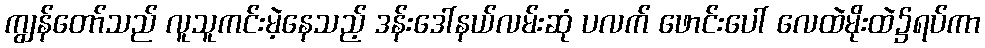
ကျွန်တော်သည် လူသူကင်းမဲ့နေသည့် ဒန်းဒေါ်နယ်လမ်းဆုံ ပလက် ဖောင်းပေါ် လေထဲမိုးထဲ၌ရပ်ကာ